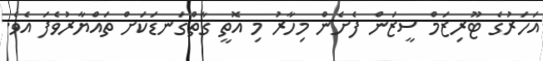
އަހަރުގެ ޓޫރިޒަމް ސީޒަން ފެށެން މިހާރު މި އޮތީ ގާތްގަނޑަކަށް ތައްޔާރުވެފަ އެވެ.